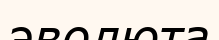
эволюта